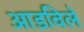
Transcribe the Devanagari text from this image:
आडविले